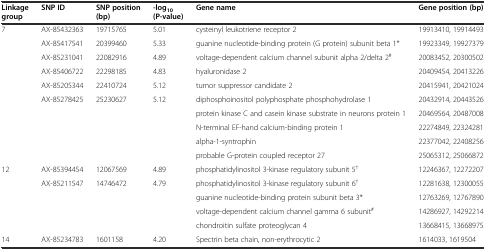
| Linkage group | SNP ID | SNP position (bp) | -log10(P-value) | Gene name | Gene position (bp) |
 | --- | --- | --- | --- | --- | --- |
 | <ROWSPAN=10> 7 | AX-85432363 | 19715765 | 5.01 | cysteinyl leukotriene receptor 2 | 19913410, 19914493 |
 | AX-85417541 | 20399460 | 5.33 | guanine nucleotide-binding protein (G protein) subunit beta 1* | 19923349, 19927379 |
 | AX-85231041 | 22082916 | 4.89 | voltage-dependent calcium channel subunit alpha 2/delta 2# | 20083452, 20300502 |
 | AX-85406722 | 22298185 | 4.83 | hyaluronidase 2 | 20409454, 20413226 |
 | AX-85205344 | 22410724 | 5.12 | tumor suppressor candidate 2 | 20415941, 20421024 |
 | <ROWSPAN=5> AX-85278425 | <ROWSPAN=5> 25230627 | <ROWSPAN=5> 5.12 | diphosphoinositol polyphosphate phosphohydrolase 1 | 20432914, 20443526 |
 | protein kinase C and casein kinase substrate in neurons protein 1 | 20469564, 20487008 |
 | N-terminal EF-hand calcium-binding protein 1 | 22274849, 22324281 |
 | alpha-1-syntrophin | 22377042, 22408256 |
 | probable G-protein coupled receptor 27 | 25065312, 25066872 |
 | <ROWSPAN=4> 12 | AX-85394454 | 12067569 | 4.89 | phosphatidylinositol 3-kinase regulatory subunit 5† | 12246367, 12272207 |
 | <ROWSPAN=3> AX-85211547 | <ROWSPAN=3> 14746472 | <ROWSPAN=3> 4.79 | phosphatidylinositol 3-kinase regulatory subunit 6† | 12281638, 12300055 |
 | guanine nucleotide-binding protein subunit beta 3* | 12763269, 12767890 |
 | voltage-dependent calcium channel gamma 6 subunit# | 14286927, 14292214 |
 |  |  |  |  | chondroitin sulfate proteoglycan 4 | 13668415, 13668975 |
 | 14 | AX-85234783 | 1601158 | 4.20 | Spectrin beta chain, non-erythrocytic 2 | 1614033, 1619504 |